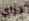
براي